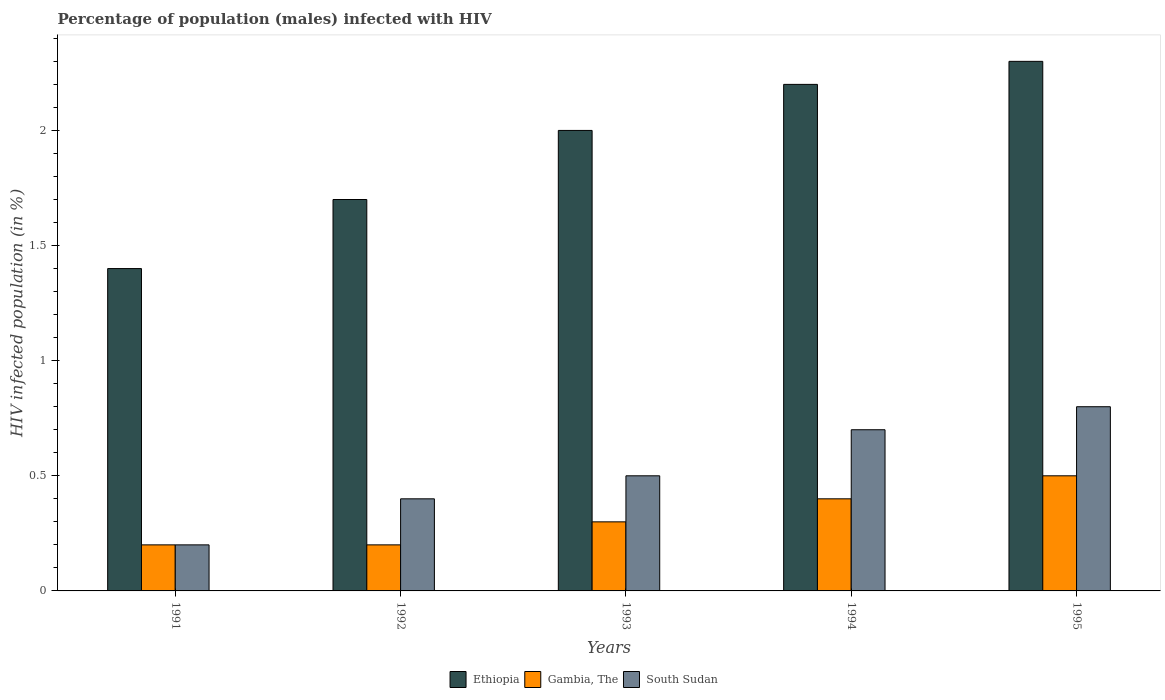
| Years | Ethiopia | Gambia, The | South Sudan |
 | --- | --- | --- | --- |
 | 1991 | 1.4 | 0.2 | 0.2 |
 | 1992 | 1.7 | 0.2 | 0.4 |
 | 1993 | 2 | 0.3 | 0.5 |
 | 1994 | 2.2 | 0.4 | 0.7 |
 | 1995 | 2.3 | 0.5 | 0.8 |